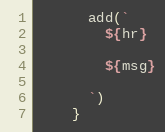
Language: JavaScript
      add(`
        ${hr}

        ${msg}

      `)
    }